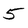
Character: 5